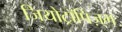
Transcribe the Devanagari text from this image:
जियोट्रॉपिज़्म